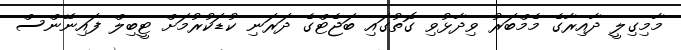
މާމިގިލީ ދާއިރާގެ މެމްބަރު ވިދާޅުވި ގޮތުގައި ބަޖެޓްގެ ދަރަނި ކުޑަކުރުމަށް ޓީބިލް ފައިނޭންސް